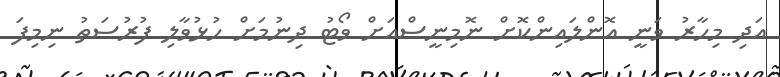
އަދި މިހާރު ވަނީ އޮންލައިންކޮށް ނޮމިނީސްއަށް ވޯޓު ދިނުމަށް ހުޅުވާލި ފުރުސަތު ނިމިފަ